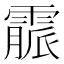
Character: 霢